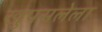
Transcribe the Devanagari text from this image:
खुपसलेला